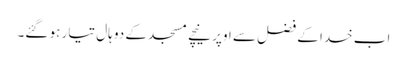
اب خدا کے فضل سے اوپر نیچے مسجد کے دو ہال تیار ہو گئے۔